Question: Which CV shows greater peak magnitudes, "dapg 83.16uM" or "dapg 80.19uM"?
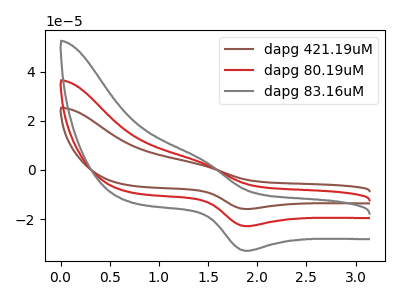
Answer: <think>The brown curve "dapg 421.19uM" has an anodic peak at (1.40V, 7.05uA) and a cathodic peak at (1.90V, -45.80uA). The red curve "dapg 80.19uM" has an anodic peak at (1.40V, 3.55uA) and a cathodic peak at (1.90V, -22.90uA). The gray curve "dapg 83.16uM" has an anodic peak at (1.40V, 5.10uA) and a cathodic peak at (1.90V, -32.95uA).</think>
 <answer>Every peak in "dapg 83.16uM" is higher than every peak in "dapg 80.19uM".</answer>
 <eval>higher</eval>